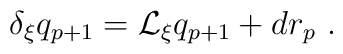
\delta_\xi q_{p+1} = \mathcal{L}_\xi q_{p+1} + d r_p\ .